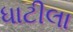
ધાટીલા